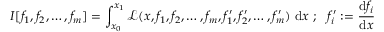
I [ f _ { 1 } , f _ { 2 } , \dots , f _ { m } ] = \int _ { x _ { 0 } } ^ { x _ { 1 } } { \mathcal { L } } ( x , f _ { 1 } , f _ { 2 } , \dots , f _ { m } , f _ { 1 } ^ { \prime } , f _ { 2 } ^ { \prime } , \dots , f _ { m } ^ { \prime } ) ~ \mathrm { d } x ~ ; ~ ~ f _ { i } ^ { \prime } : = { \cfrac { \mathrm { d } f _ { i } } { \mathrm { d } x } }